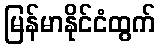
မြန်မာနိုင်ငံထွက်